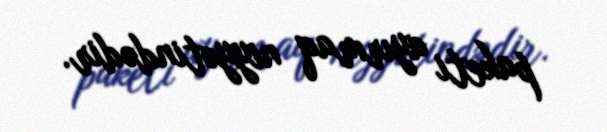
paketi ayırmaq niyyətindədir.